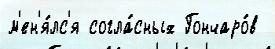
м'ен'я́лс'я согла́сных Гончаро́в